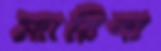
ম্যারিনা